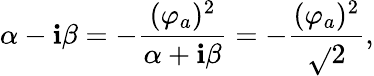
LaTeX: \alpha-\mathbf{i}\beta=-{\frac{{(\varphi_{a})^{2}}}{{\alpha+\mathbf{i}\beta}}}=-{\frac{{(\varphi_{a})^{2}}}{{\sqrt{}{{2}}}}},